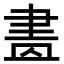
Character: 𦘕